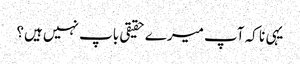
یہی نا کہ آپ میرے حقیقی باپ نہیں ہیں؟